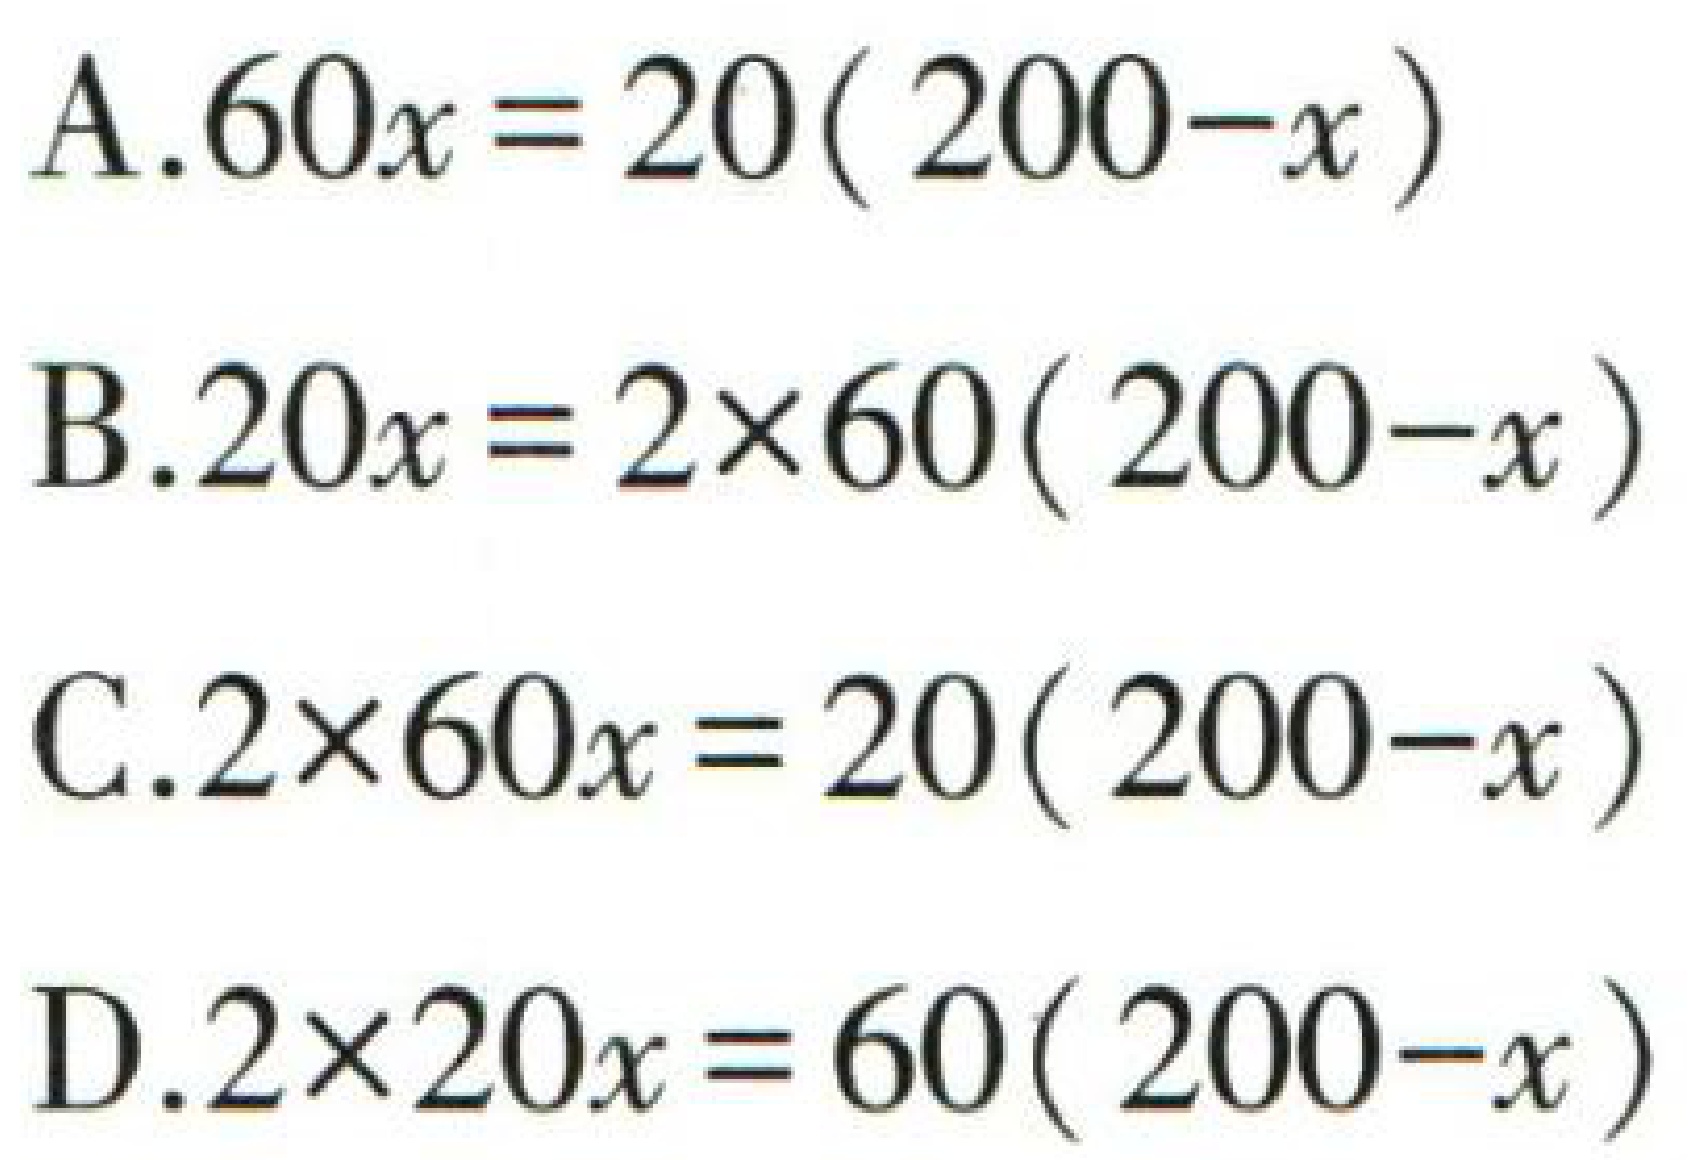
A.$60x = 20(200 - x)$

B.$20x = 2\times60(200 - x)$

C.$2\times60x = 20(200 - x)$

D.$2\times20x = 60(200 - x)$